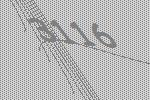
3116